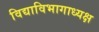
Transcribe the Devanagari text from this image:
विद्याविभागाध्यक्ष